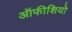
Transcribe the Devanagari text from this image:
ऑफीशियो